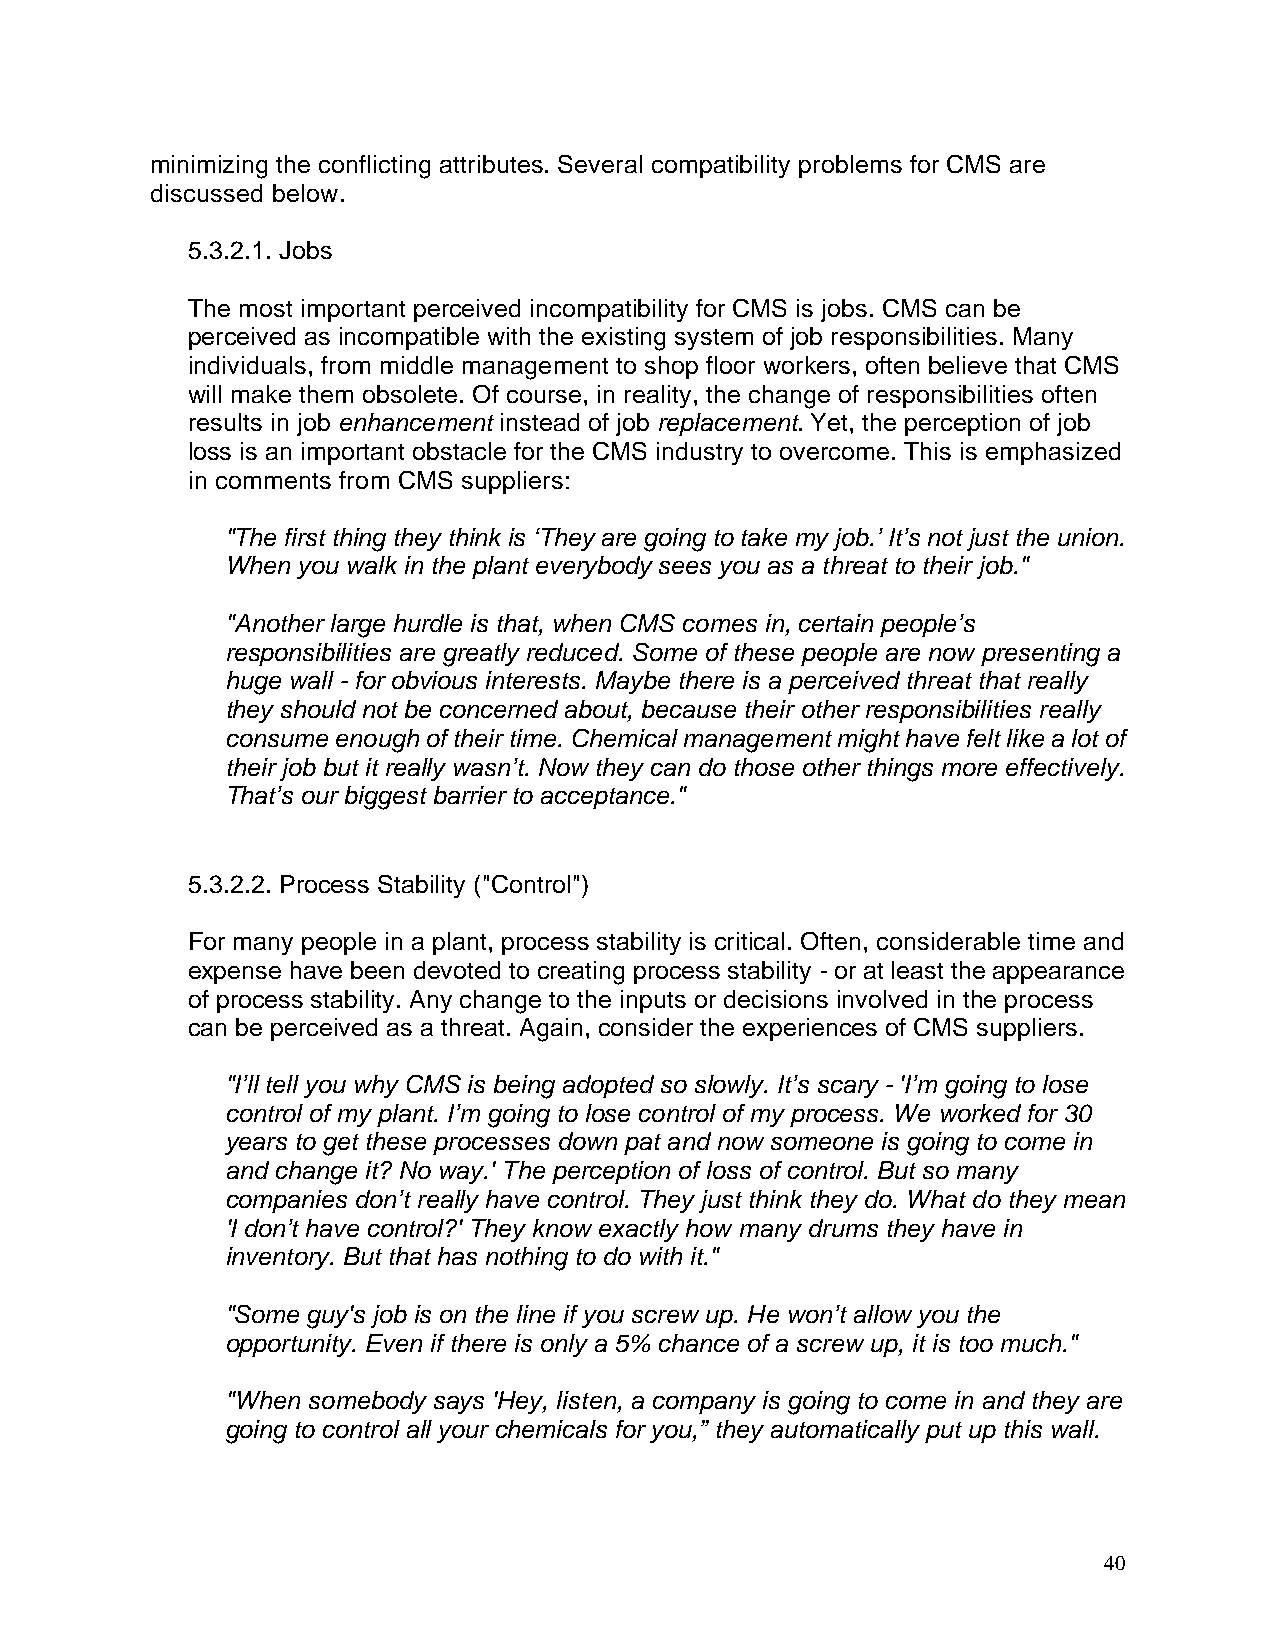
minimizing the conflicting attributes. Several compatibility problems for CMS are
 discussed below.
 5.3.2.1. Jobs
 The most important perceived incompatibility for CMS is jobs. CMS can be
 perceived as incompatible with the existing system of job responsibilities. Many
 individuals, from middle management to shop floor workers, often believe that CMS
 will make them obsolete. Of course, in reality, the change of responsibilities often
 results in job enhancement instead of job replacement. Yet, the perception of job
 loss is an important obstacle for the CMS industry to overcome. This is emphasized
 in comments from CMS suppliers:
 "The first thing they think is ‘They are going to take my job.’ It’s not just the union.
 When you walk in the plant everybody sees you as a threat to their job."
 "Another large hurdle is that, when CMS comes in, certain people’s
 responsibilities are greatly reduced. Some of these people are now presenting a
 huge wall - for obvious interests. Maybe there is a perceived threat that really
 they should not be concerned about, because their other responsibilities really
 consume enough of their time. Chemical management might have felt like a lot of
 their job but it really wasn’t. Now they can do those other things more effectively.
 That’s our biggest barrier to acceptance."
 5.3.2.2. Process Stability ("Control")
 For many people in a plant, process stability is critical. Often, considerable time and
 expense have been devoted to creating process stability - or at least the appearance
 of process stability. Any change to the inputs or decisions involved in the process
 can be perceived as a threat. Again, consider the experiences of CMS suppliers.
 "I’ll tell you why CMS is being adopted so slowly. It’s scary - 'I’m going to lose
 control of my plant. I’m going to lose control of my process. We worked for 30
 years to get these processes down pat and now someone is going to come in
 and change it? No way.' The perception of loss of control. But so many
 companies don’t really have control. They just think they do. What do they mean
 'I don’t have control?' They know exactly how many drums they have in
 inventory. But that has nothing to do with it."
 "Some guy's job is on the line if you screw up. He won’t allow you the
 opportunity. Even if there is only a 5% chance of a screw up, it is too much."
 "When somebody says 'Hey, listen, a company is going to come in and they are
 going to control all your chemicals for you,” they automatically put up this wall.
 40